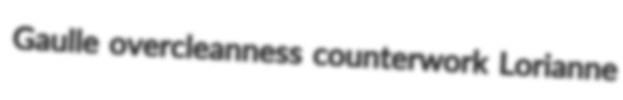
Gaulle overcleanness counterwork Lorianne